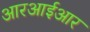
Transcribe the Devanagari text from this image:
आरआईआर